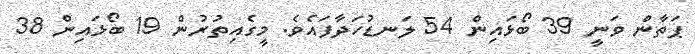
ޕަތާން ވަނީ 39 ބޯޅައިން 54 ލަނޑުހަދާފައެވެ. މީގެއިތުރުން 19 ބޯޅައިން 38